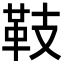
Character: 𩉨